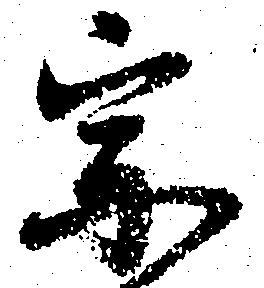
宗